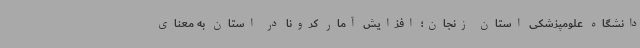
دانشگاه علومپزشکی استان زنجان؛ افزایش آمار کرونا در استان به معنای